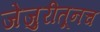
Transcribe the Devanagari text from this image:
जेजुरीतूनच